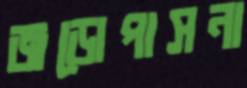
জড়োপাসনা